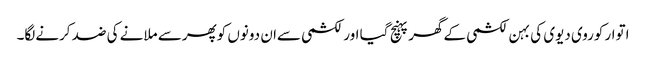
اتوار کوروی دیوی کی بہن لکشمی کےگھرپہنچ گیا اورلکشمی سےان دونوں کوپھرسے ملانے کی ضد کرنےلگا۔